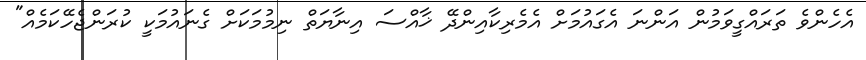
އެހެންވެ ތަރައްގީވަމުން އަންނަ އެގައުމަށް އެމެރިކާއިންދޭ ޚާއްސަ އިނާޔަތް ނިމުމަކަށް ގެނައުމަކީ ކުރަންޖެހޭކަމެއް"